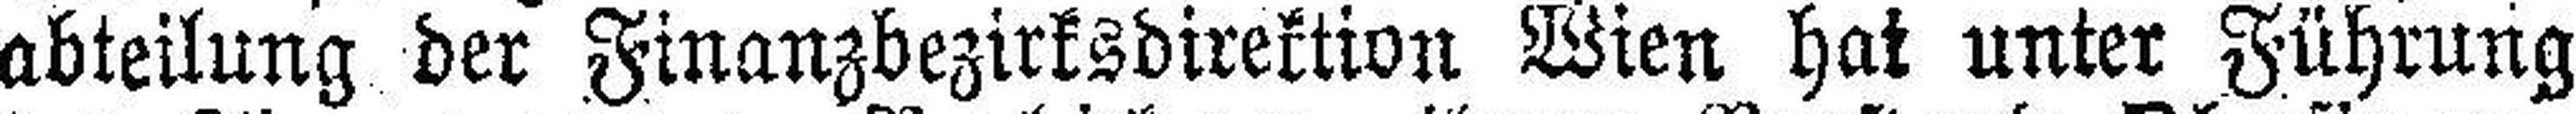
abteilung der Finanzbezirksdirektion Wien hat unter Führung